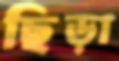
ছিড়া